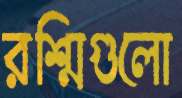
রশ্মিগুলো